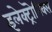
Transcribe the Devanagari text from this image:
इलेक्ट्रॊनिक्स